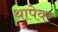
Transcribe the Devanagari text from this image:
थापेवर